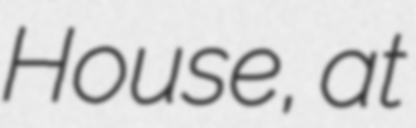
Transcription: House, at